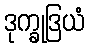
ဒုက္ခုဒြယံ